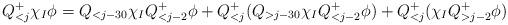
LaTeX: \begin{align*} Q^+_{<j} \chi_{I} \phi = Q_{< j-30} \chi_{I} Q^+_{< j-2} \phi + Q^+_{<j} ( Q_{> j-30} \chi_{I} Q^+_{< j-2} \phi) + Q^+_{<j} ( \chi_{I} Q^+_{> j-2} \phi) \end{align*}